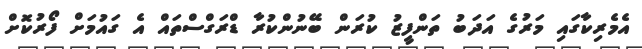
އެމެރިކާގައި މަރުގެ އަދަބު ތަންފީޒު ކުރަން ބޭނުންކުރާ ޑްރަގްސްތައް އެ ގައުމަށް ފޯރުކޮށް